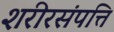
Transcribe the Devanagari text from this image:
शरीरसंपत्ति